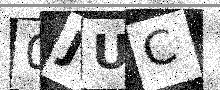
Text: 0JUC